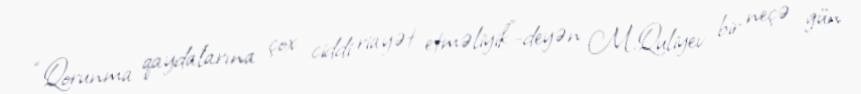
“Qorunma qaydalarına çox ciddi riayət etməliyik”-deyən M.Quliyev bir neçə gün